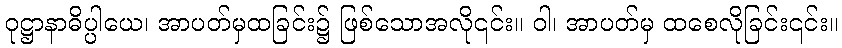
ဝုဋ္ဌာနာဓိပ္ပါယေ၊ အာပတ်မှထခြင်း၌ ဖြစ်သောအလို၎င်း။ ဝါ၊ အာပတ်မှ ထစေလိုခြင်း၎င်း။